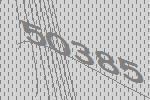
50385